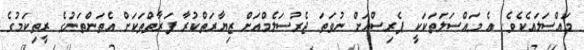
މައްސަލައެކެވެ. އެ މައްސަލަތަކަކީ ޕެރިސްއަށް ނުވަތަ ޖެރުސަލެމްއަށް ޒިޔާރަތްކުރާ ފަރާތްތަކަށް އެތަންތަނުގެ ރީތިކަމުގެ